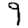
Digit: 9